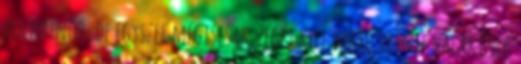
dolgoznod, de egyszer mégiscsak végét kell majd vetnie valakinek